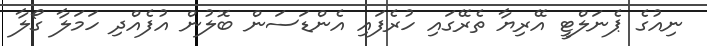
ނިއުގެ ޕެނަލްޓީ އޭރިޔާ ތެރޭގައި ހުރެފައި އެންޑަސަން ބޮލުން އުފެއްދި ހަމަލާ ގޯލާ